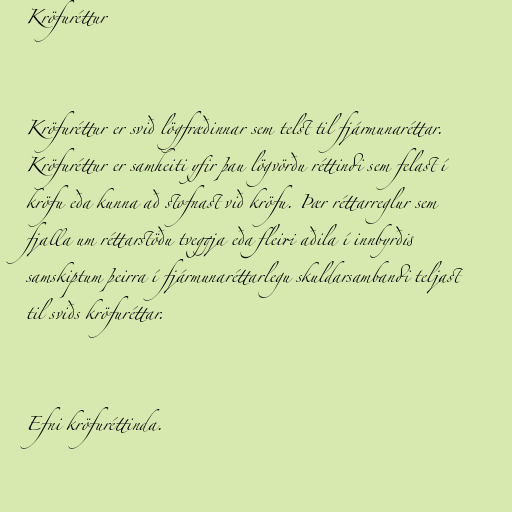
Kröfuréttur

Kröfuréttur er svið lögfræðinnar sem telst til fjármunaréttar.
Kröfuréttur er samheiti yfir þau lögvörðu réttindi sem felast í
kröfu eða kunna að stofnast við kröfu. Þær réttarreglur sem
fjalla um réttarstöðu tveggja eða fleiri aðila í innbyrðis
samskiptum þeirra í fjármunaréttarlegu skuldarsambandi teljast
til sviðs kröfuréttar.

Efni kröfuréttinda.